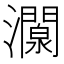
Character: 灁